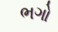
ભગો